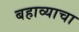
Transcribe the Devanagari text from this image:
बहाव्याचा